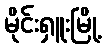
မိုင်းရှူးမြို့